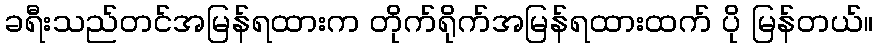
ခရီးသည်တင်အမြန်ရထားက တိုက်ရိုက်အမြန်ရထားထက် ပို မြန်တယ်။